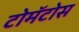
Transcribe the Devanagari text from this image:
टोमॅटोस